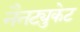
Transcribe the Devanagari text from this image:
नैनट्युकेट